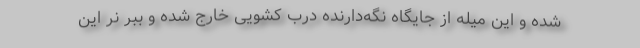
شده و این میله از جایگاه نگه‌دارنده درب کشویی خارج شده و ببر نر این